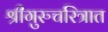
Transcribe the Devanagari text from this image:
श्रीगुरुचरित्रात